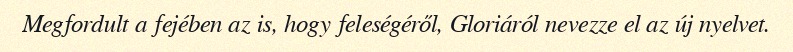
Megfordult a fejében az is, hogy feleségéről, Gloriáról nevezze el az új nyelvet.